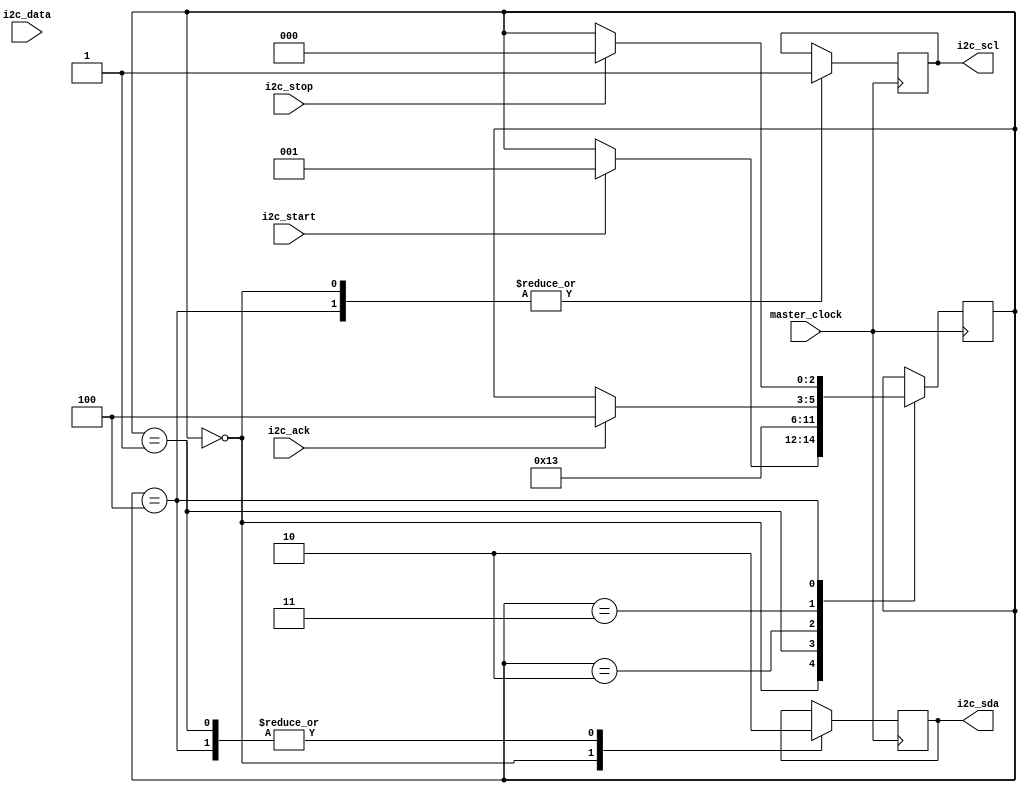
module i2c_timing_control_sync (
    input wire master_clock,
    input wire i2c_start,
    input wire i2c_stop,
    input wire i2c_data,
    input wire i2c_ack,
    output reg i2c_scl,
    output reg i2c_sda
);

reg [2:0] state;
parameter IDLE = 3'b000;
parameter START = 3'b001;
parameter DATA = 3'b010;
parameter ACK = 3'b011;
parameter STOP = 3'b100;

always @(posedge master_clock) begin
    case (state)
        IDLE: begin
            i2c_scl <= 1'b1;
            i2c_sda <= 1'b1;
            if (i2c_start) begin
                state <= START;
            end
        end

        START: begin
            i2c_sda <= 1'b0;
            state <= DATA;
        end

        DATA: begin
            // Handle data transmission here
            if (i2c_data) begin
                // Send data bit
            end
            // Continue data transmission
            state <= ACK;
        end

        ACK: begin
            if (i2c_ack) begin
                state <= STOP;
            end
        end

        STOP: begin
            i2c_sda <= 1'b0;
            i2c_scl <= 1'b1;
            if (i2c_stop) begin
                state <= IDLE;
            end
        end
    endcase
end

endmodule